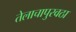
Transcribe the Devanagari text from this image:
तेलाचापुरवठा